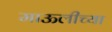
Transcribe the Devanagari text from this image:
माऊलीच्या